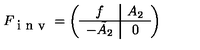
F _ { \textrm { i n v } } = \left( \begin{array} { c | c } { f } & { A _ { 2 } } \\ \hline { - \tilde { A } _ { 2 } } & { 0 } \\ \end{array} \right)